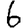
Digit: 6